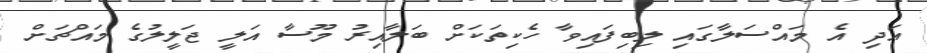
އަދި އެ މައްސަލާގައި ލިބިފައިވާ ހެކިތަކަށް ބަލާއިރު މޫސާ އަލީ ޖަލީލުގެ މައްޗަށް